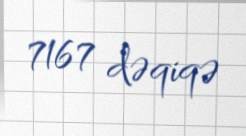
7167 dəqiqə